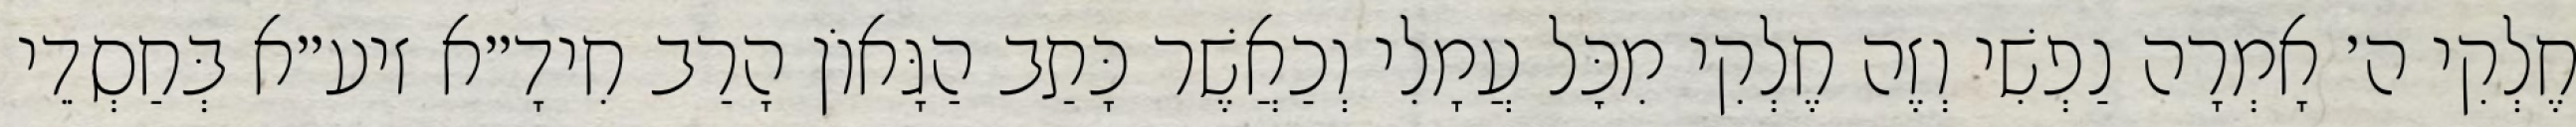
חֶלְקִי ה׳ אָמְרָה נַפְשִׁי וְזֶה חֶלְקִי מִכׇּל עֲמָלִי וְכַאֲשֶׁר כָּתַב הַגָּאוֹן הָרַב חִידָ״א זיע״א בְּחַסְדֵי